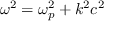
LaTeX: \omega ^ { 2 } = \omega _ { p } ^ { 2 } + k ^ { 2 } c ^ { 2 }